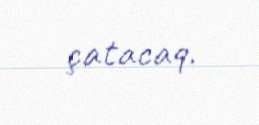
çatacaq.